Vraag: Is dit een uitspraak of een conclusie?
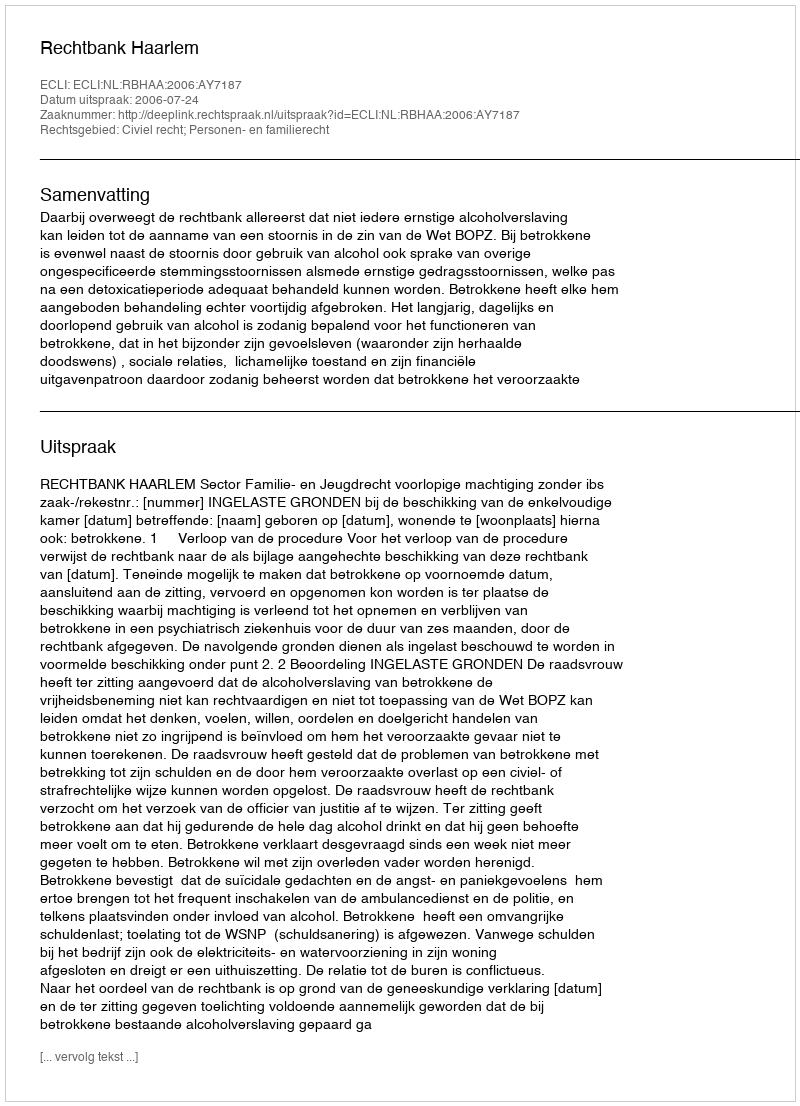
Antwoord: Uitspraak